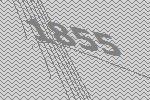
1855